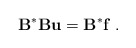
\begin{align*} {\bf B}^{\ast} {\bf B} {\bf u} ={\bf B}^{\ast} {\bf f}\;.\end{align*}